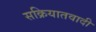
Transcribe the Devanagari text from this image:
सक्रियातवादी